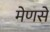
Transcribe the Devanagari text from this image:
मेणसे